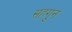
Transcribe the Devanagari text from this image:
सहगुन